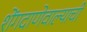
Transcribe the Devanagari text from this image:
शेंगदाणेवाल्याची